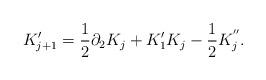
LaTeX: \begin{align*}K'_{j+1} = \frac{1}{2} \partial_2 K_j + K_1' K_j - \frac{1}{2} K_j^{''}.\end{align*}